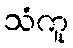
သံကူ